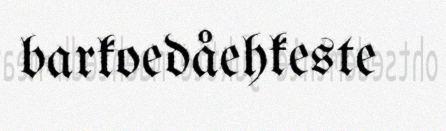
barkoedåehkeste